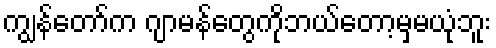
ကျွန်တော်က ဂျာမန်တွေကိုဘယ်တော့မှမယုံဘူး